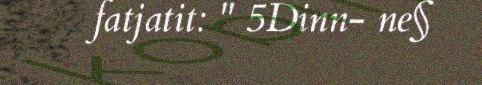
fatjatit: " 5Dinn- ne§